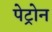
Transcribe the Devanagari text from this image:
पेट्रोन